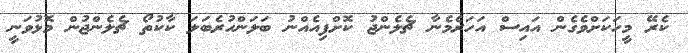
ކެރޭ މީހަކަށްވެގެން އައިސް އަހަރެމެނާ ޗެލެންޖު ކޮށްފިއެއްނު ބަލަންހުރެބަލަ ކާކުތޯ ޗެލެންޖުން މޮޅުވަނީ